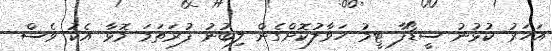
އަހަރު ކުޅުނު ސީޑޯފާ ޓީމު ހަވާލުކޮށްގެން ލިބުނު ފުރަތަމަ މޮޅާ އެކު ވެސް